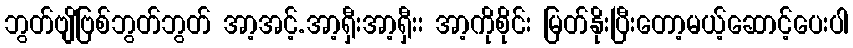
ဘွတ်ဗျိဗြစ်ဘွတ်ဘွတ် အာ့အင့်.အာ့ရှီးအာ့ရှီးး အာ့ကိုစိုင်း မြတ်နိုးပြီးတော့မယ့်ဆောင့်ပေးပါ